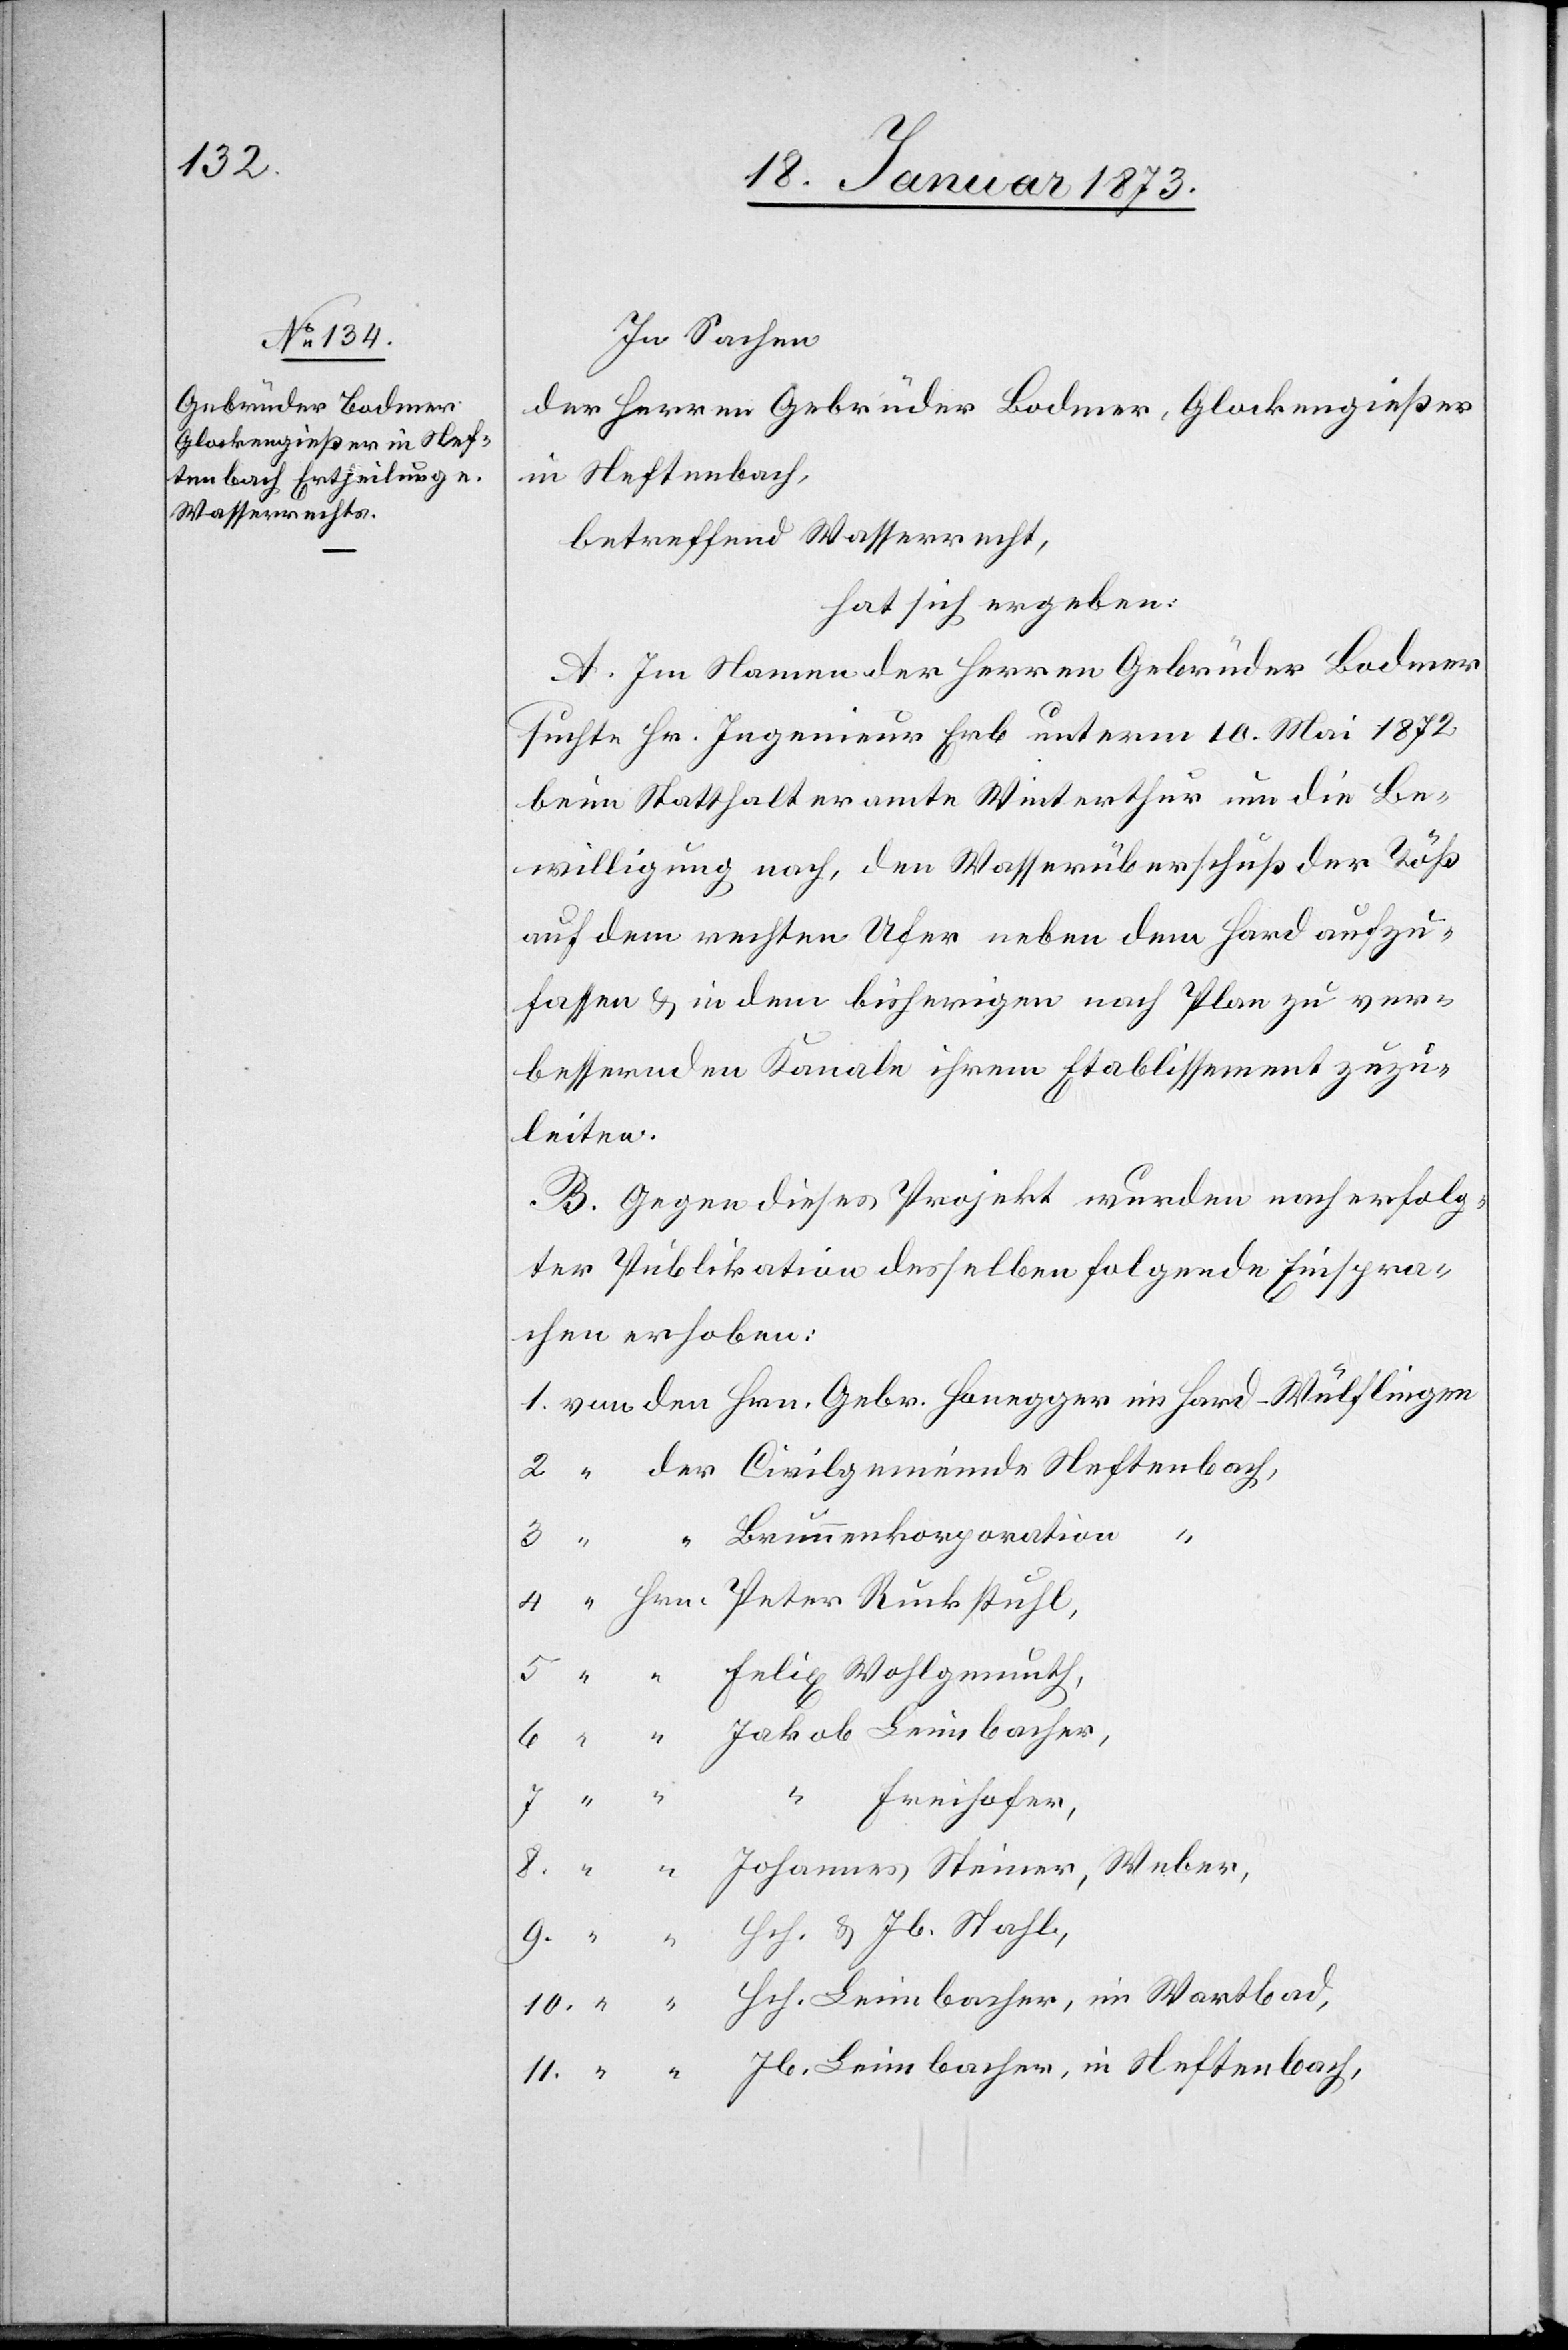
In Sachen
der Herren Gebrüder Bodmer, Glockengießer
in Neftenbach,
betreffend Wasserrecht,
hat sich ergeben:
A. Im Namen der Herren Gebrüder Bodmer
suchte Hr. Ingenieur Erb unterm 10. Mai 1872
beim Statthalteramte Winterthur um die Be¬
willigung nach, den Wasserüberschuß der Töß
auf dem rechten Ufer neben dem Hard aufzu¬
fassen u. in dem bisherigen nach Plan zu ver¬
bessernden Kanale ihrem Etablissement zuzu¬
leiten.
B. Gegen dieses Projekt wurden nach erfolg¬
ter Publikation desselben folgende Einspra¬
chen erhoben:
1. von den Hrn. Gebr. Honegger im Hard-Wülflingen
2. “ der Civilgemeinde Neftenbach,
3. “ “ Brunnenkorporation
4. “ Hrn. Peter Ruckstuhl,
5. “ “ Felix Wohlgemuth,
6. “ “ Jakob Leimbacher,
7. “ “ “ Freihofer,
8. “ “ Johannes Steiner, Weber,
9. “ “ Hch. u. Jb. Stahl,
10. “ “ Hch. Leimbacher, im Wartbad,
11. “ “ Jb. Leimbacher, in Neftenbach,